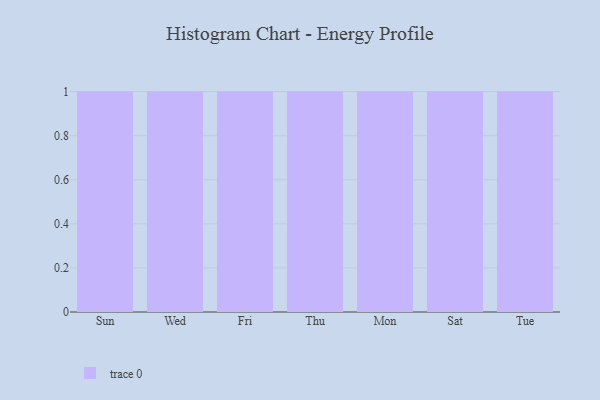
{"axis": {"x": "Day", "y": "Net Income (USD K)"}, "legend": [""], "data": [{"x": "Sun", "y": 62, "type": ""}, {"x": "Wed", "y": 27, "type": ""}, {"x": "Fri", "y": 12, "type": ""}, {"x": "Thu", "y": 73, "type": ""}, {"x": "Mon", "y": 11, "type": ""}, {"x": "Sat", "y": 36, "type": ""}, {"x": "Tue", "y": 10, "type": ""}]}